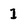
Character: I